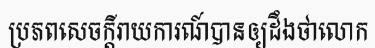
ប្រភពសេចក្តីរាយការណ៍បានឲ្យដឹងថាលោក